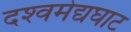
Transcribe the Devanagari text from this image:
दश्‍वमेद्यघाट